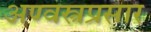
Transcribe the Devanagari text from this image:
अण्वस्त्रप्रसार